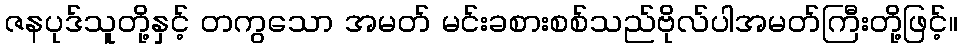
ဇနပုဒ်သူတို့နှင့် တကွသော အမတ် မင်းခစားစစ်သည်ဗိုလ်ပါအမတ်ကြီးတို့ဖြင့်။